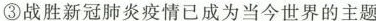
③战胜新冠肺炎疫情已成为当今世界的主题